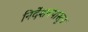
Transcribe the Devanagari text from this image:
निर्देशनपासून